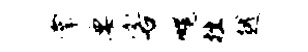
掌要客幌挫越